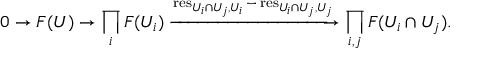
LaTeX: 0 \to F ( U ) \to \prod _ { i } F ( U _ { i } ) \xrightarrow { \operatorname { r e s } _ { U _ { i } \cap U _ { j } , U _ { i } } - \operatorname { r e s } _ { U _ { i } \cap U _ { j } , U _ { j } } } \prod _ { i , j } F ( U _ { i } \cap U _ { j } ) .